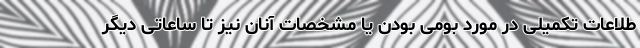
طلاعات تکمیلی در مورد بومی بودن یا مشخصات آنان نیز تا ساعاتی دیگر